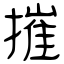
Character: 摧